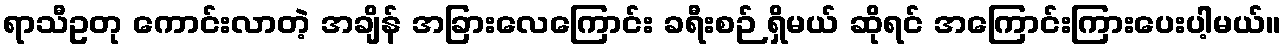
ရာသီဥတု ကောင်းလာတဲ့ အချိန် အခြားလေကြောင်း ခရီးစဉ် ရှိမယ် ဆိုရင် အကြောင်းကြားပေးပါ့မယ်။